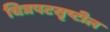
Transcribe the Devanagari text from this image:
चित्रपटसृष्टील